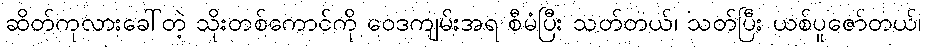
ဆိတ်ကုလားခေါ်တဲ့ သိုးတစ်ကောင်ကို ဝေဒကျမ်းအရ စီမံပြီး သတ်တယ်၊ သတ်ပြီး ယစ်ပူဇော်တယ်၊